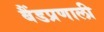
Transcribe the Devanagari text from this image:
बैंडप्रणाली